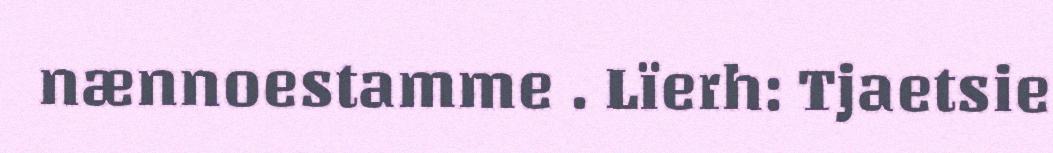
nænnoestamme . Lïerh: Tjaetsie